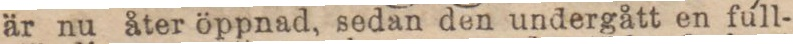
är nu åter öppnad, sedan den undergått en full-